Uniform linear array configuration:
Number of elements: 32
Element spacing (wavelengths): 0.25
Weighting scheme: blackman
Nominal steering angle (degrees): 60
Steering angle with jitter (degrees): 61.474
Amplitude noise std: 0.05
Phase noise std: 0.05

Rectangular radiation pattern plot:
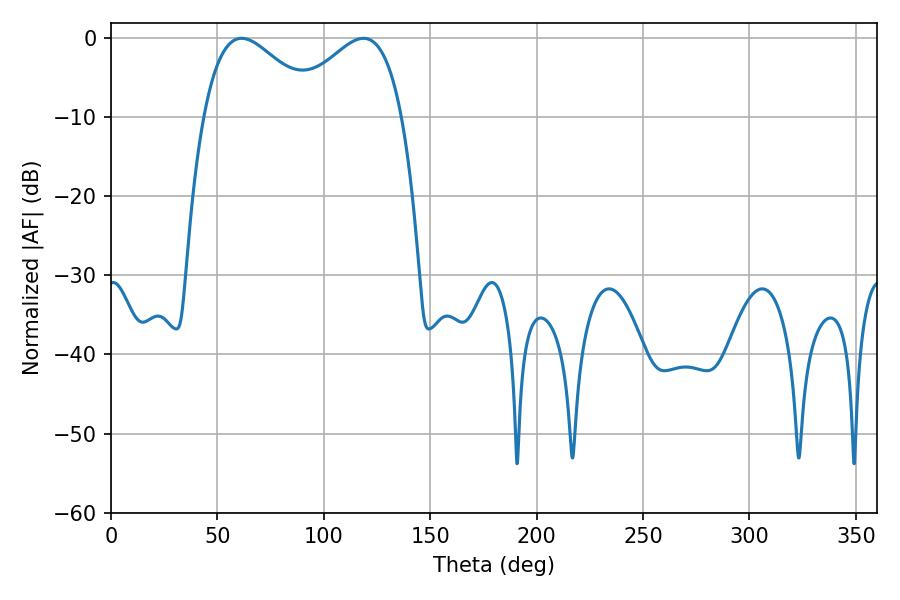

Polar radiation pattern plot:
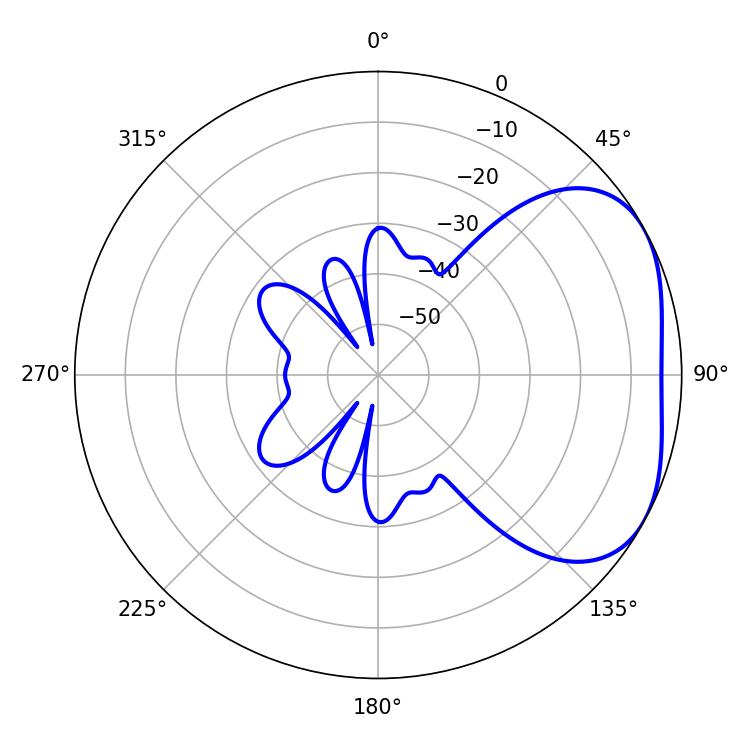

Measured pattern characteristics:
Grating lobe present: FALSE
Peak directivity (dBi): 3.339
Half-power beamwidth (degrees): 28.98
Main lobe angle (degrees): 61.38